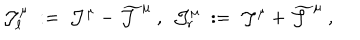
{ \mathcal J } _ { \ell } ^ { \mu } \; : = \; { \mathcal J } ^ { \mu } - \widetilde { { \mathcal J } } ^ { \mu } ~ , ~ ~ { \mathcal J } _ { r } ^ { \mu } \; : = \; { \mathcal J } ^ { \mu } + \widetilde { { \mathcal J } } ^ { \mu } ~ ,